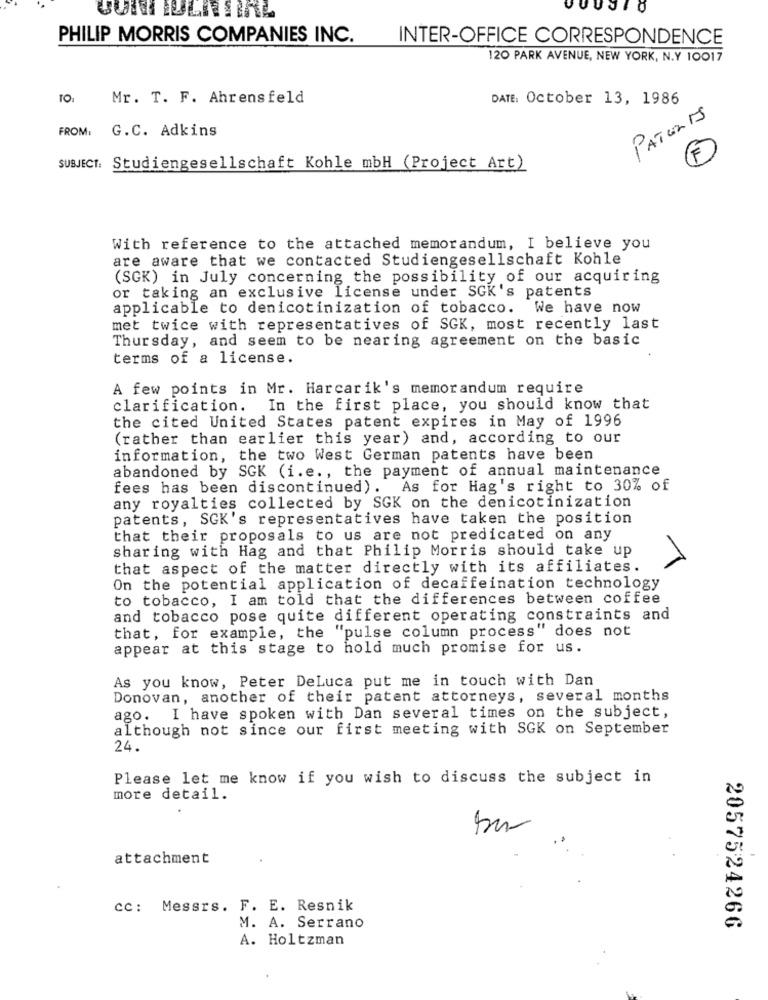
PHILIP MORRIS COMPANIES INC.
INTER-OFFICE CORRESPONDENCE
120 PARK AVENUE, NEW YORK, N.Y 10017
Mr. T. F. Ahrensfeld
DATE: October 13, 1986
PATENTS
FROM:
G.C. Adkins
F
SUBJECT:
Studiengesellschaft Kohle mbH (Project Art)
With reference to the attached memorandum, I believe you
are aware that we contacted Studiengesellschaft Kohle
(SGK) in July concerning the possibility of our acquiring
or taking an exclusive license under SGK's patents
applicable to denicotinization of tobacco. We have now
met twice with representatives of SGK, most recently last
Thursday, and seem to be nearing agreement on the basic
terms of a license.
A few points in Mr. Harcarik's memorandum require
clarification. In the first place, you should know that
the cited United States patent expires in May of 1996
(rather than earlier this year) and, according to our
information, the two West German patents have been
abandoned by SGK (i.e ., the payment of annual maintenance
fees has been discontinued). As for Hag's right to 30% of
any royalties collected by SGK on the denicotinization
patents, SGK's representatives have taken the position
that their proposals to us are not predicated on any
sharing with Hag and that Philip Morris should take up
that aspect of the matter directly with its affiliates.
On the potential application of decaffeination technology
to tobacco, I am told that the differences between coffee
and tobacco pose quite different operating constraints and
that, for example, the "pulse column process" does not
appear at this stage to hold much promise for us.
As you know, Peter DeLuca put me in touch with Dan
Donovan, another of their patent attorneys, several months
ago. I have spoken with Dan several times on the subject,
although not since our first meeting with SGK on September
24.
Please let me know if you wish to discuss the subject in
more detail.
attachment
cc: Messrs. F. E. Resnik
M. A. Serrano
2057524266
A. Holtzman